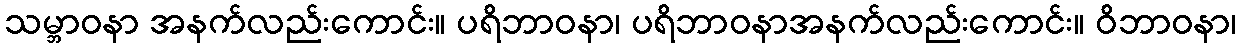
သမ္ဘာဝနာ အနက်လည်းကောင်း။ ပရိဘာဝနာ၊ ပရိဘာဝနာအနက်လည်းကောင်း။ ဝိဘာဝနာ၊